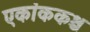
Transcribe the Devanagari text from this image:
एकांककश्च